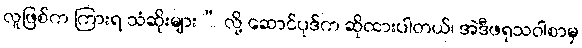
လူဖြစ်က ကြားရ သံဆိုးများ” လို့ ဆောင်ပုဒ်က ဆိုထားပါတယ်၊ အဲဒီဖရုသဝါစာမှ